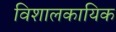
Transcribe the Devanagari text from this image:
विशालकायिक